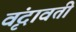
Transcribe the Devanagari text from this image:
वृंदावती